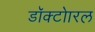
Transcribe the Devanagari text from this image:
डॉक्टोारल